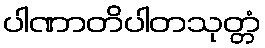
ပါဏာတိပါတသုတ္တံ